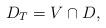
LaTeX: \begin{align*}D_T = V \cap D,\end{align*}